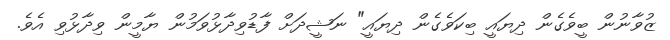
ޒުވާނުން ބީވެގެން ދިޔައީ ބިކަވެގެން ދިޔައީ" ނަޝީދަށް ފާޑުވިދާޅުވަމުން ޔާމީން ވިދާޅުވި އެވެ.